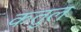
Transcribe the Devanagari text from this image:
कतुल